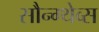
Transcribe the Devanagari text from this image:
सौन्ग्थेव्स